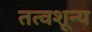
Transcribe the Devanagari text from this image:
तत्वशून्य